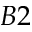
B 2